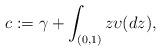
LaTeX: \begin{align*}c:=\gamma+\int_{(0,1)}z\upsilon(dz),\end{align*}